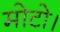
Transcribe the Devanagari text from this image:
मोटो।